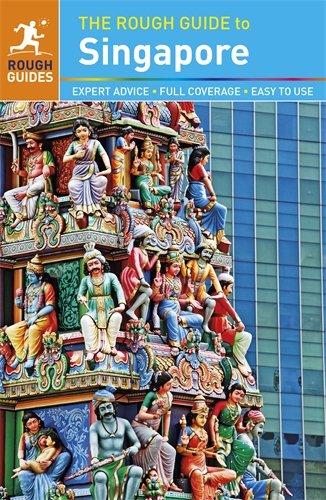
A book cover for The Rough Guide to Singapore; Richard Lim; Travel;